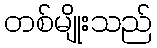
တစ်မျိုးသည်